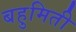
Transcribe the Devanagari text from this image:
बहुमिती